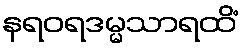
နရဝရဒမ္မသာရထိံ